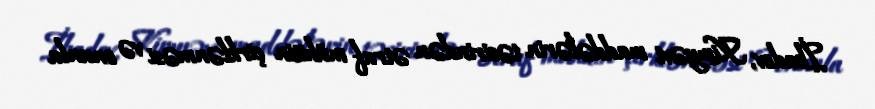
İbadov, Kimyəvi maddələrin təsirindən ətraf mühitin çirklənməsi və onunla